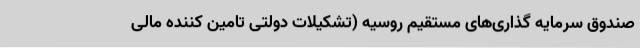
صندوق سرمایه گذاری‌های مستقیم روسیه (تشکیلات دولتی تامین کننده مالی